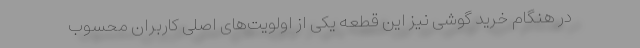
در هنگام خرید گوشی نیز این قطعه یکی از اولویت‌های اصلی کاربران محسوب